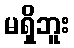
မရှိဘူး